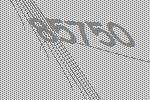
85750